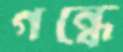
গন্ধে